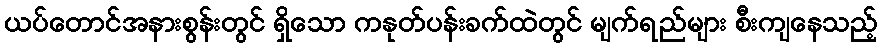
ယပ်တောင်အနားစွန်းတွင် ရှိသော ကနုတ်ပန်းခက်ထဲတွင် မျက်ရည်များ စီးကျနေသည့်